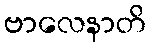
ဗာလေနာတိ